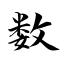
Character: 数